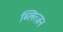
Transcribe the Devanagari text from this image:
ब्लित्ज़न